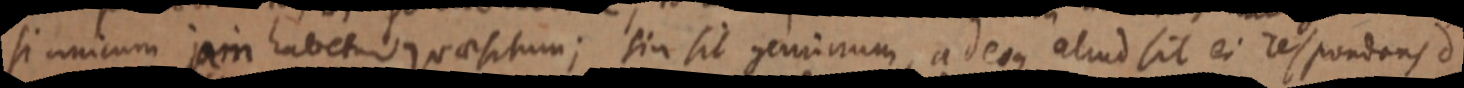
si unicum jam habetur quaesitum; sia sit geminum, adeoque aliud sit ei respondans d